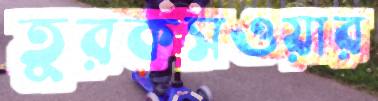
তুরকসওয়ার